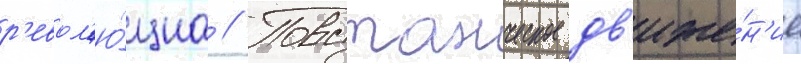
р'евол'ю́циа // Повстанческое дв'иже́н'ие